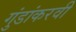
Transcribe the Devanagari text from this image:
गुंडांकरवी